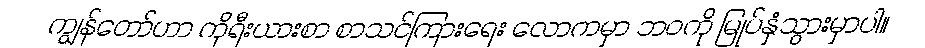
ကျွန်တော်ဟာ ကိုရီးယားစာ စာသင်ကြားရေး လောကမှာ ဘဝကို မြုပ်နှံသွားမှာပါ။